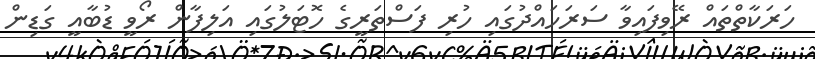
ހަރަކާތްތައް ރޭވިފައިވާ ސަރަހައްދުގައި ހުރި ފަސްތަރީގެ ހޮޓަލުގައި އަލިފާން ރޯވީ ޑުބާއީ ގަޑިން